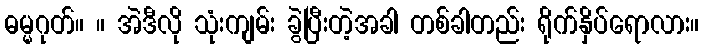
ဓမ္မဂုတ်။ ။ အဲဒီလို သုံးကျမ်း ခွဲပြီးတဲ့အခါ တစ်ခါတည်း ရိုက်နှိပ်ရောလား။